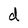
Character: d